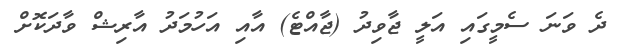
ދެ ވަނަ ސެމީގައި އަލީ ޖާވިދު (ޖާއްޓެ) އާއި އަހުމަދު އާރިޝް ވާދަކޮށް